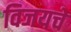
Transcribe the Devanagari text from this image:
विजयचे